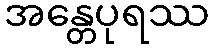
အန္တေပုရဿ